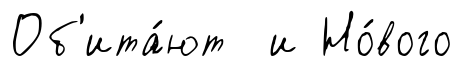
Об'ита́ют и Но́вого